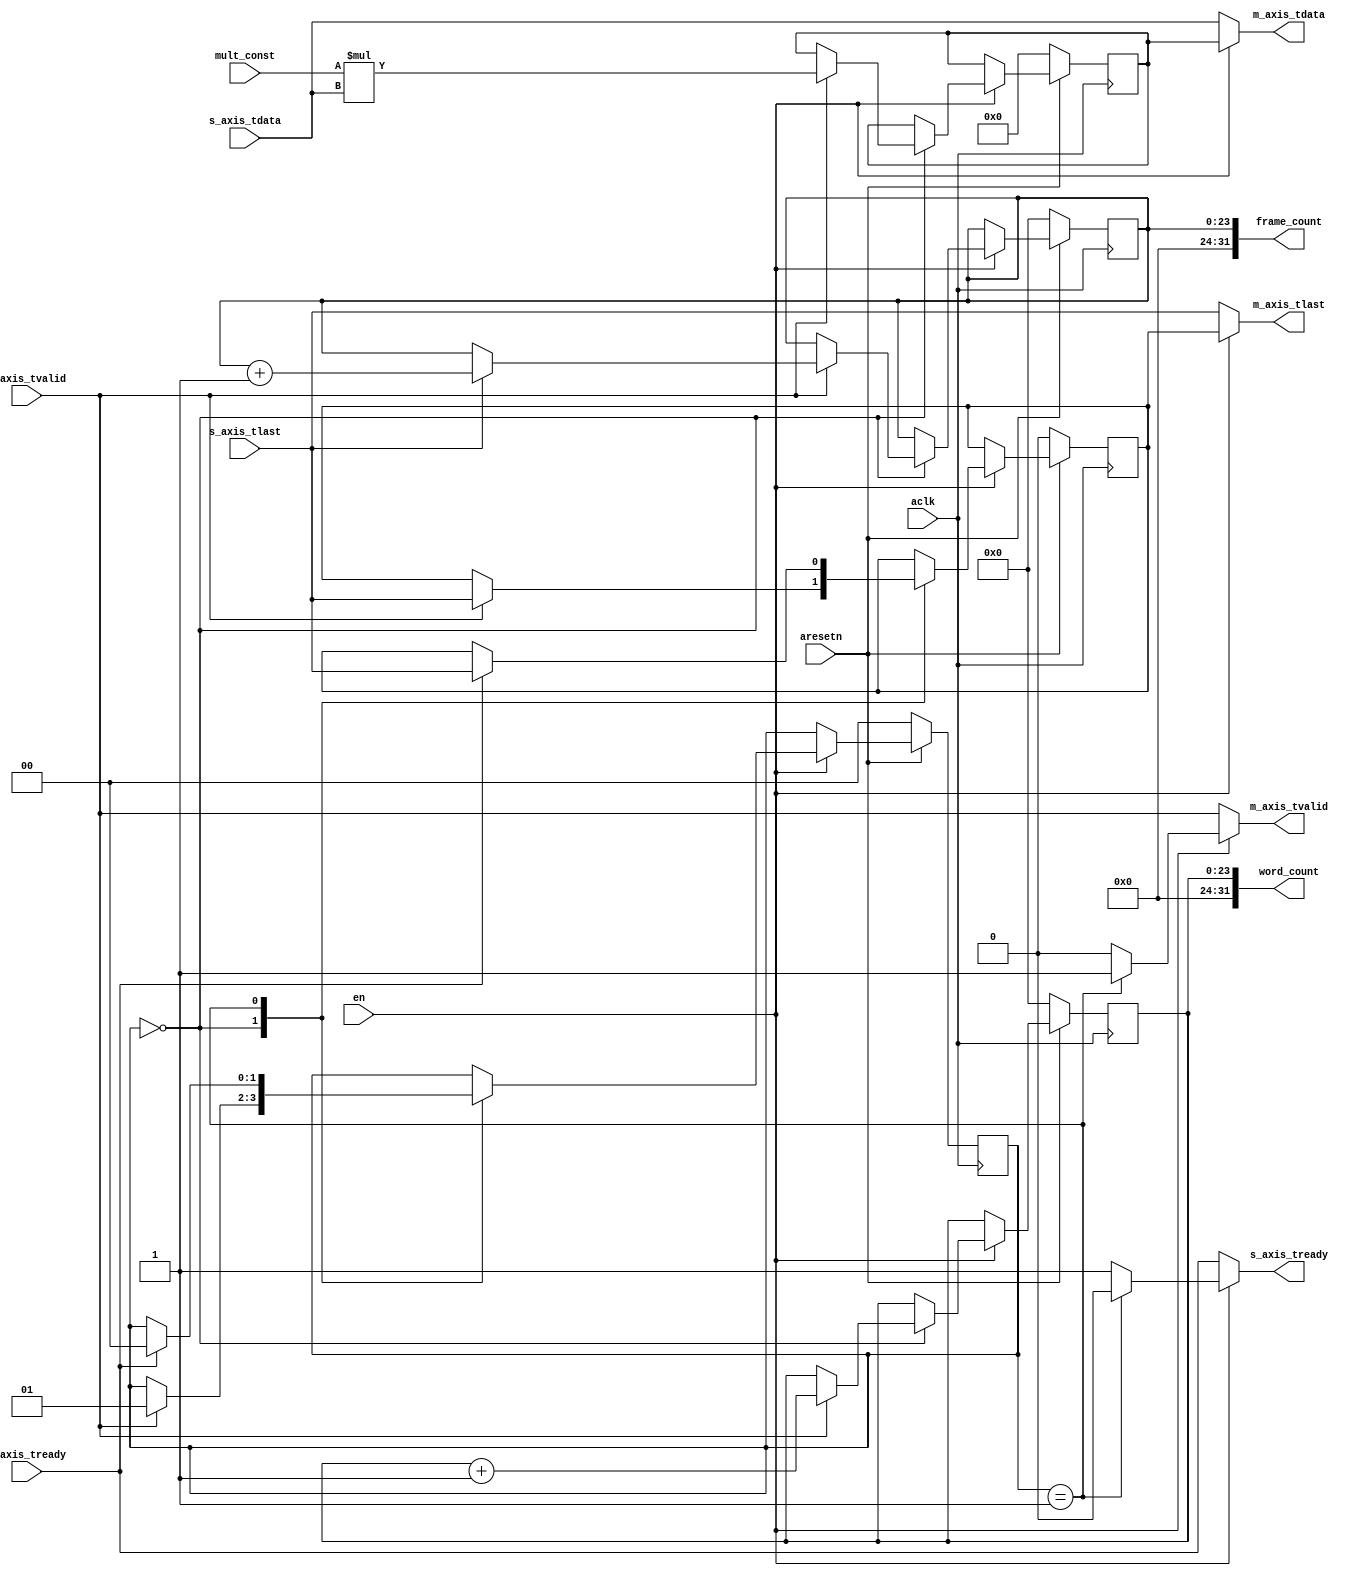

`timescale 1ns / 1ps

module axis_multiplier
    (
	    // ### Clock and reset signals #########################################
        input wire         aclk,
        input wire         aresetn,
        // ### AXI4-stream slave signals #######################################
        output wire        s_axis_tready,
        input wire [31:0]  s_axis_tdata,
        input wire         s_axis_tvalid,
        input wire         s_axis_tlast,
        // ### AXI4-stream master signals ######################################
        input wire         m_axis_tready,
        output wire [31:0] m_axis_tdata,
        output wire        m_axis_tvalid,
        output wire        m_axis_tlast,
        // ### Custom signals ##################################################
        input wire         en,
        input wire [7:0]   mult_const,
        output wire [31:0] word_count,
        output wire [31:0] frame_count
    );
    
    localparam S_READ_INPUT = 2'h0,
               S_WRITE_OUTPUT = 2'h1;
    
    reg [1:0] _cs, _ns;
    reg [23:0] cnt_words_cv, cnt_words_nv;
    reg [23:0] cnt_frames_cv, cnt_frames_nv;
    reg [31:0] mult_cv, mult_nv;
    reg m_axis_tlast_cv, m_axis_tlast_nv;
    wire s_axis_tready_i;
    wire [31:0] m_axis_tdata_i;
    wire m_axis_tvalid_i;
    wire m_axis_tlast_i;

    assign s_axis_tready = (en) ? s_axis_tready_i : m_axis_tready;
    assign m_axis_tdata = (en) ? m_axis_tdata_i : s_axis_tdata;
    assign m_axis_tvalid = (en) ? m_axis_tvalid_i : s_axis_tvalid;
    assign m_axis_tlast = (en) ? m_axis_tlast_i : s_axis_tlast;
    
    assign s_axis_tready_i = (_cs == S_WRITE_OUTPUT) ? 0 : 1;
    assign m_axis_tdata_i = mult_cv;
    assign m_axis_tvalid_i = (_cs == S_WRITE_OUTPUT) ? 1 : 0;
    assign m_axis_tlast_i = m_axis_tlast_cv;
    
    assign word_count = cnt_words_cv;
    assign frame_count = cnt_frames_cv;

    always @(posedge aclk)
    begin
        if (!aresetn)
        begin
            _cs <= S_READ_INPUT;
            cnt_words_cv <= 0;
            cnt_frames_cv <= 0;
            mult_cv <= 0;
            m_axis_tlast_cv <= 0;
        end
        else
        begin
            _cs <= _ns;
            cnt_words_cv <= cnt_words_nv;
            cnt_frames_cv <= cnt_frames_nv;
            mult_cv <= mult_nv;
            m_axis_tlast_cv <= m_axis_tlast_nv;
        end
    end

    always @(*)
    begin    
        _ns = _cs;
        cnt_words_nv = cnt_words_cv;
        cnt_frames_nv = cnt_frames_cv;
        mult_nv = mult_cv;
        m_axis_tlast_nv = m_axis_tlast_cv;       
        if (en)
        begin
            case (_cs)
                S_READ_INPUT:
                begin
                    if (s_axis_tvalid)
                    begin
                        _ns = S_WRITE_OUTPUT;
                        // Multiplication
                        mult_nv = mult_const * s_axis_tdata;
                        // *** Increment counter ***
                        cnt_words_nv = cnt_words_cv + 1;
                        if (s_axis_tlast)
                            cnt_frames_nv = cnt_frames_cv + 1;     
                        m_axis_tlast_nv = s_axis_tlast;
                    end                   
                end
                S_WRITE_OUTPUT:
                begin
                    if (m_axis_tready)
                    begin
                        _ns = S_READ_INPUT;
                        m_axis_tlast_nv = s_axis_tlast;
                    end
                end
            endcase
        end
    end
    
endmodule